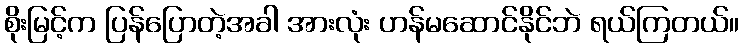
စိုးမြင့်က ပြန်ပြောတဲ့အခါ အားလုံး ဟန်မဆောင်နိုင်ဘဲ ရယ်ကြတယ်။